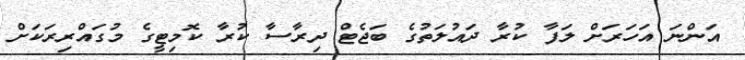
އަންނަ އަހަރަށް ލަފާ ކުރާ ދައުލަތުގެ ބަޖެޓް ދިރާސާ ކުރާ ކޮމިޓީގެ މުގައްރިރަކަށް